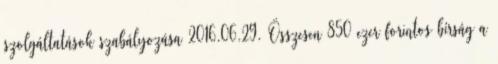
szolgáltatások szabályozása 2016.06.29. Összesen 850 ezer forintos bírság a